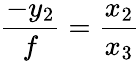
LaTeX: {\frac{-y_{2}}{f}}={\frac{x_{2}}{x_{3}}}